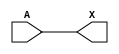
module sky130_fd_sc_hd__probec_p_1 (
    X,
    A
);
    output X;
    input  A;
    wire buf0_out_X;
    buf buf0 (buf0_out_X, A              );
    buf buf1 (X         , buf0_out_X     );
endmodule